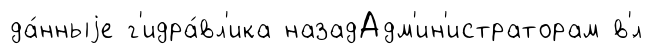
да́нныjе г'идра́вл'ика назадАдм'ин'истраторам в'́л